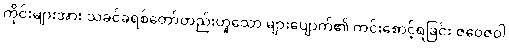
ကိုင်းများအား သခင်ခရစ်တော်တည်းဟူသော များပျောက်၏ ကင်းစောင့်ရခြင်း ဇဝေဇဝါ